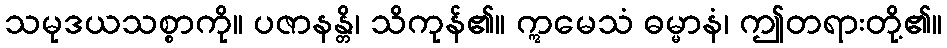
သမုဒယသစ္စာကို။ ပဇာနန္တိ၊ သိကုန်၏။ ဣမေသံ ဓမ္မာနံ၊ ဤတရားတို့၏။